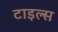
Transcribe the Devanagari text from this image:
टाइल्‍स